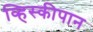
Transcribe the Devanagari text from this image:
व्हिस्कीपान